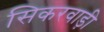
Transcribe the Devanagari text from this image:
सिकरवाड़ी